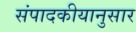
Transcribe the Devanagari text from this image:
संपादकीयानुसार